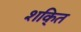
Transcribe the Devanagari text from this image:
शकि्त